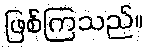
ဖြစ်ကြသည်။